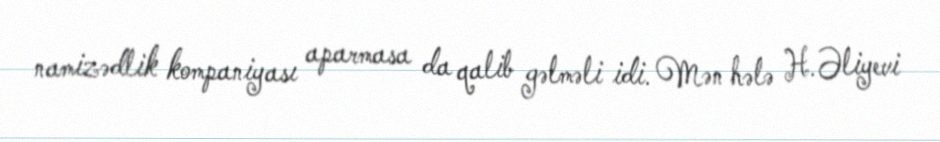
namizədlik kompaniyası aparmasa da qalib gəlməli idi. Mən hələ H.Əliyevi